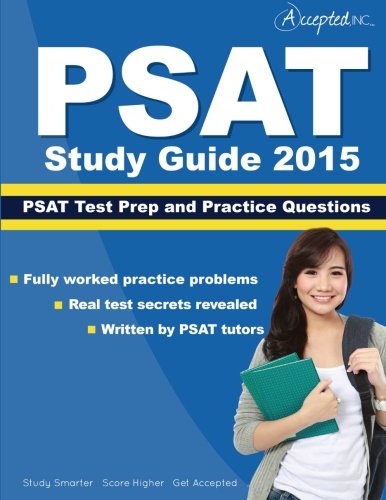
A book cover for PSAT Study Guide 2015: PSAT Test Prep and Practice Questions; PSAT Study Guide 2015 Team; Test Preparation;